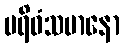
ပရိဓံသမာနော